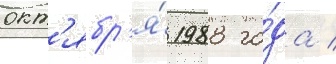
окт'ябр'я́ 1988 го́да /